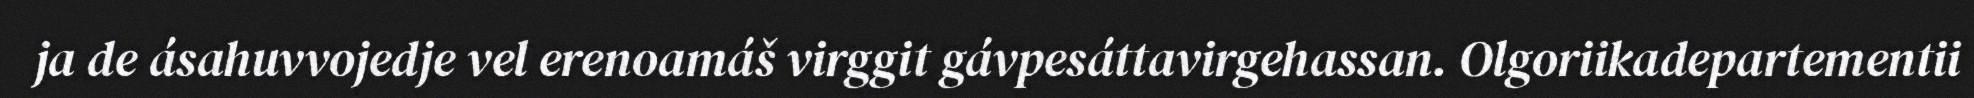
ja de ásahuvvojedje vel erenoamáš virggit gávpesáttavirgehassan. Olgoriikadepartementii